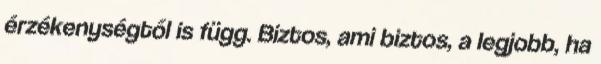
érzékenységtől is függ. Biztos, ami biztos, a legjobb, ha